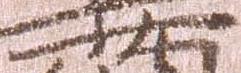
少